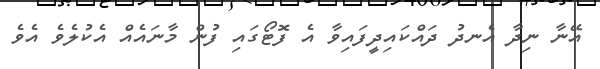
އޭނާ ނިދާ އެނދު ދައްކައިދީފައިވާ އެ ފޮޓޯގައި ފުން މާނައެއް އެކުލެވެ އެވެ